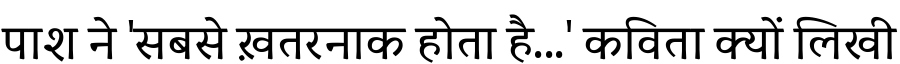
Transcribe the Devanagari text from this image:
पाश ने 'सबसे ख़तरनाक होता है...' कविता क्यों लिखी